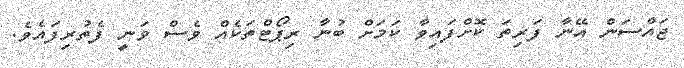
ޖައްސަން އޭނާ ފަރިތަ ކޮށްފައިވާ ކަމަށް ބުނާ ރިޕޯޓްތަކެއް ވެސް ވަނީ ފެެތުރިފައެވެ.